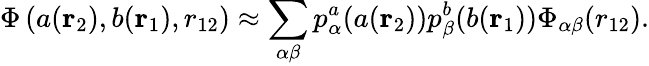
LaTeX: \Phi\left(a(\mathbf{r}_{2}),b(\mathbf{r}_{1}),r_{12}\right)\approx\sum_{\alpha\beta}p_{\alpha}^{a}(a(\mathbf{r}_{2}))p_{\beta}^{b}(b(\mathbf{r}_{1}))\Phi_{\alpha\beta}(r_{12}).